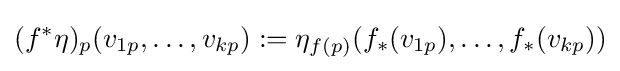
(f^{*}\eta )_{p}(v_{1p},\ldots ,v_{kp}):=\eta _{f(p)}(f_{*}(v_{1p}),\ldots ,f_{*}(v_{kp}))